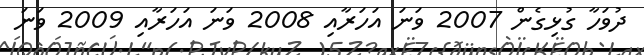
ދުވަހާ ގުޅިގެން 2007 ވަނަ އަހަރާއި 2008 ވަނަ އަހަރާއި 2009 ވަނަ